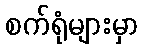
စက်ရုံများမှာ